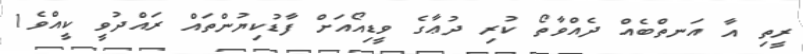
ރީތި އާ އަނތްބެއް ދެއްވާތޯ ކުރި ދުޢާގެ ވީޑިއޯއަށް ފާޑުކިޔުންތައް ރައްދުވީ ކީއްވެ1